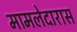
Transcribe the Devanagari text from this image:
मामलेदारास